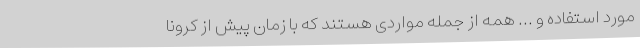
مورد استفاده و ... همه از جمله مواردی هستند که با زمان پیش از کرونا